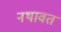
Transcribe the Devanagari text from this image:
नथावत